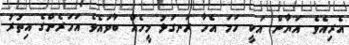
އެރިއެވެ. އަޔާން އަކީ ހަމަ އެހާ ރަނގަޅު މީހެއް ބާވައެވެ އަހަރެންގެ އިތުރު